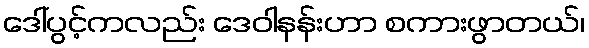
ဒေါ်ပွင့်ကလည်း ဒေဝါနန်းဟာ စကားဖွာတယ်၊